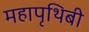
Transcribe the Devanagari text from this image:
महापृथिबी